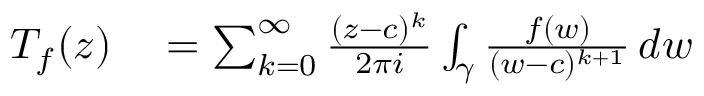
\begin{array} { r l } { T _ { f } ( z ) } & { { } = \sum _ { k = 0 } ^ { \infty } { \frac { ( z - c ) ^ { k } } { 2 \pi i } } \int _ { \gamma } { \frac { f ( w ) } { ( w - c ) ^ { k + 1 } } } \, d w } \end{array}